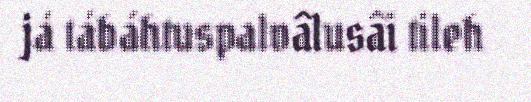
já tábáhtuspalvâlusâi tileh